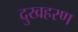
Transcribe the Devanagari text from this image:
दुखहरण